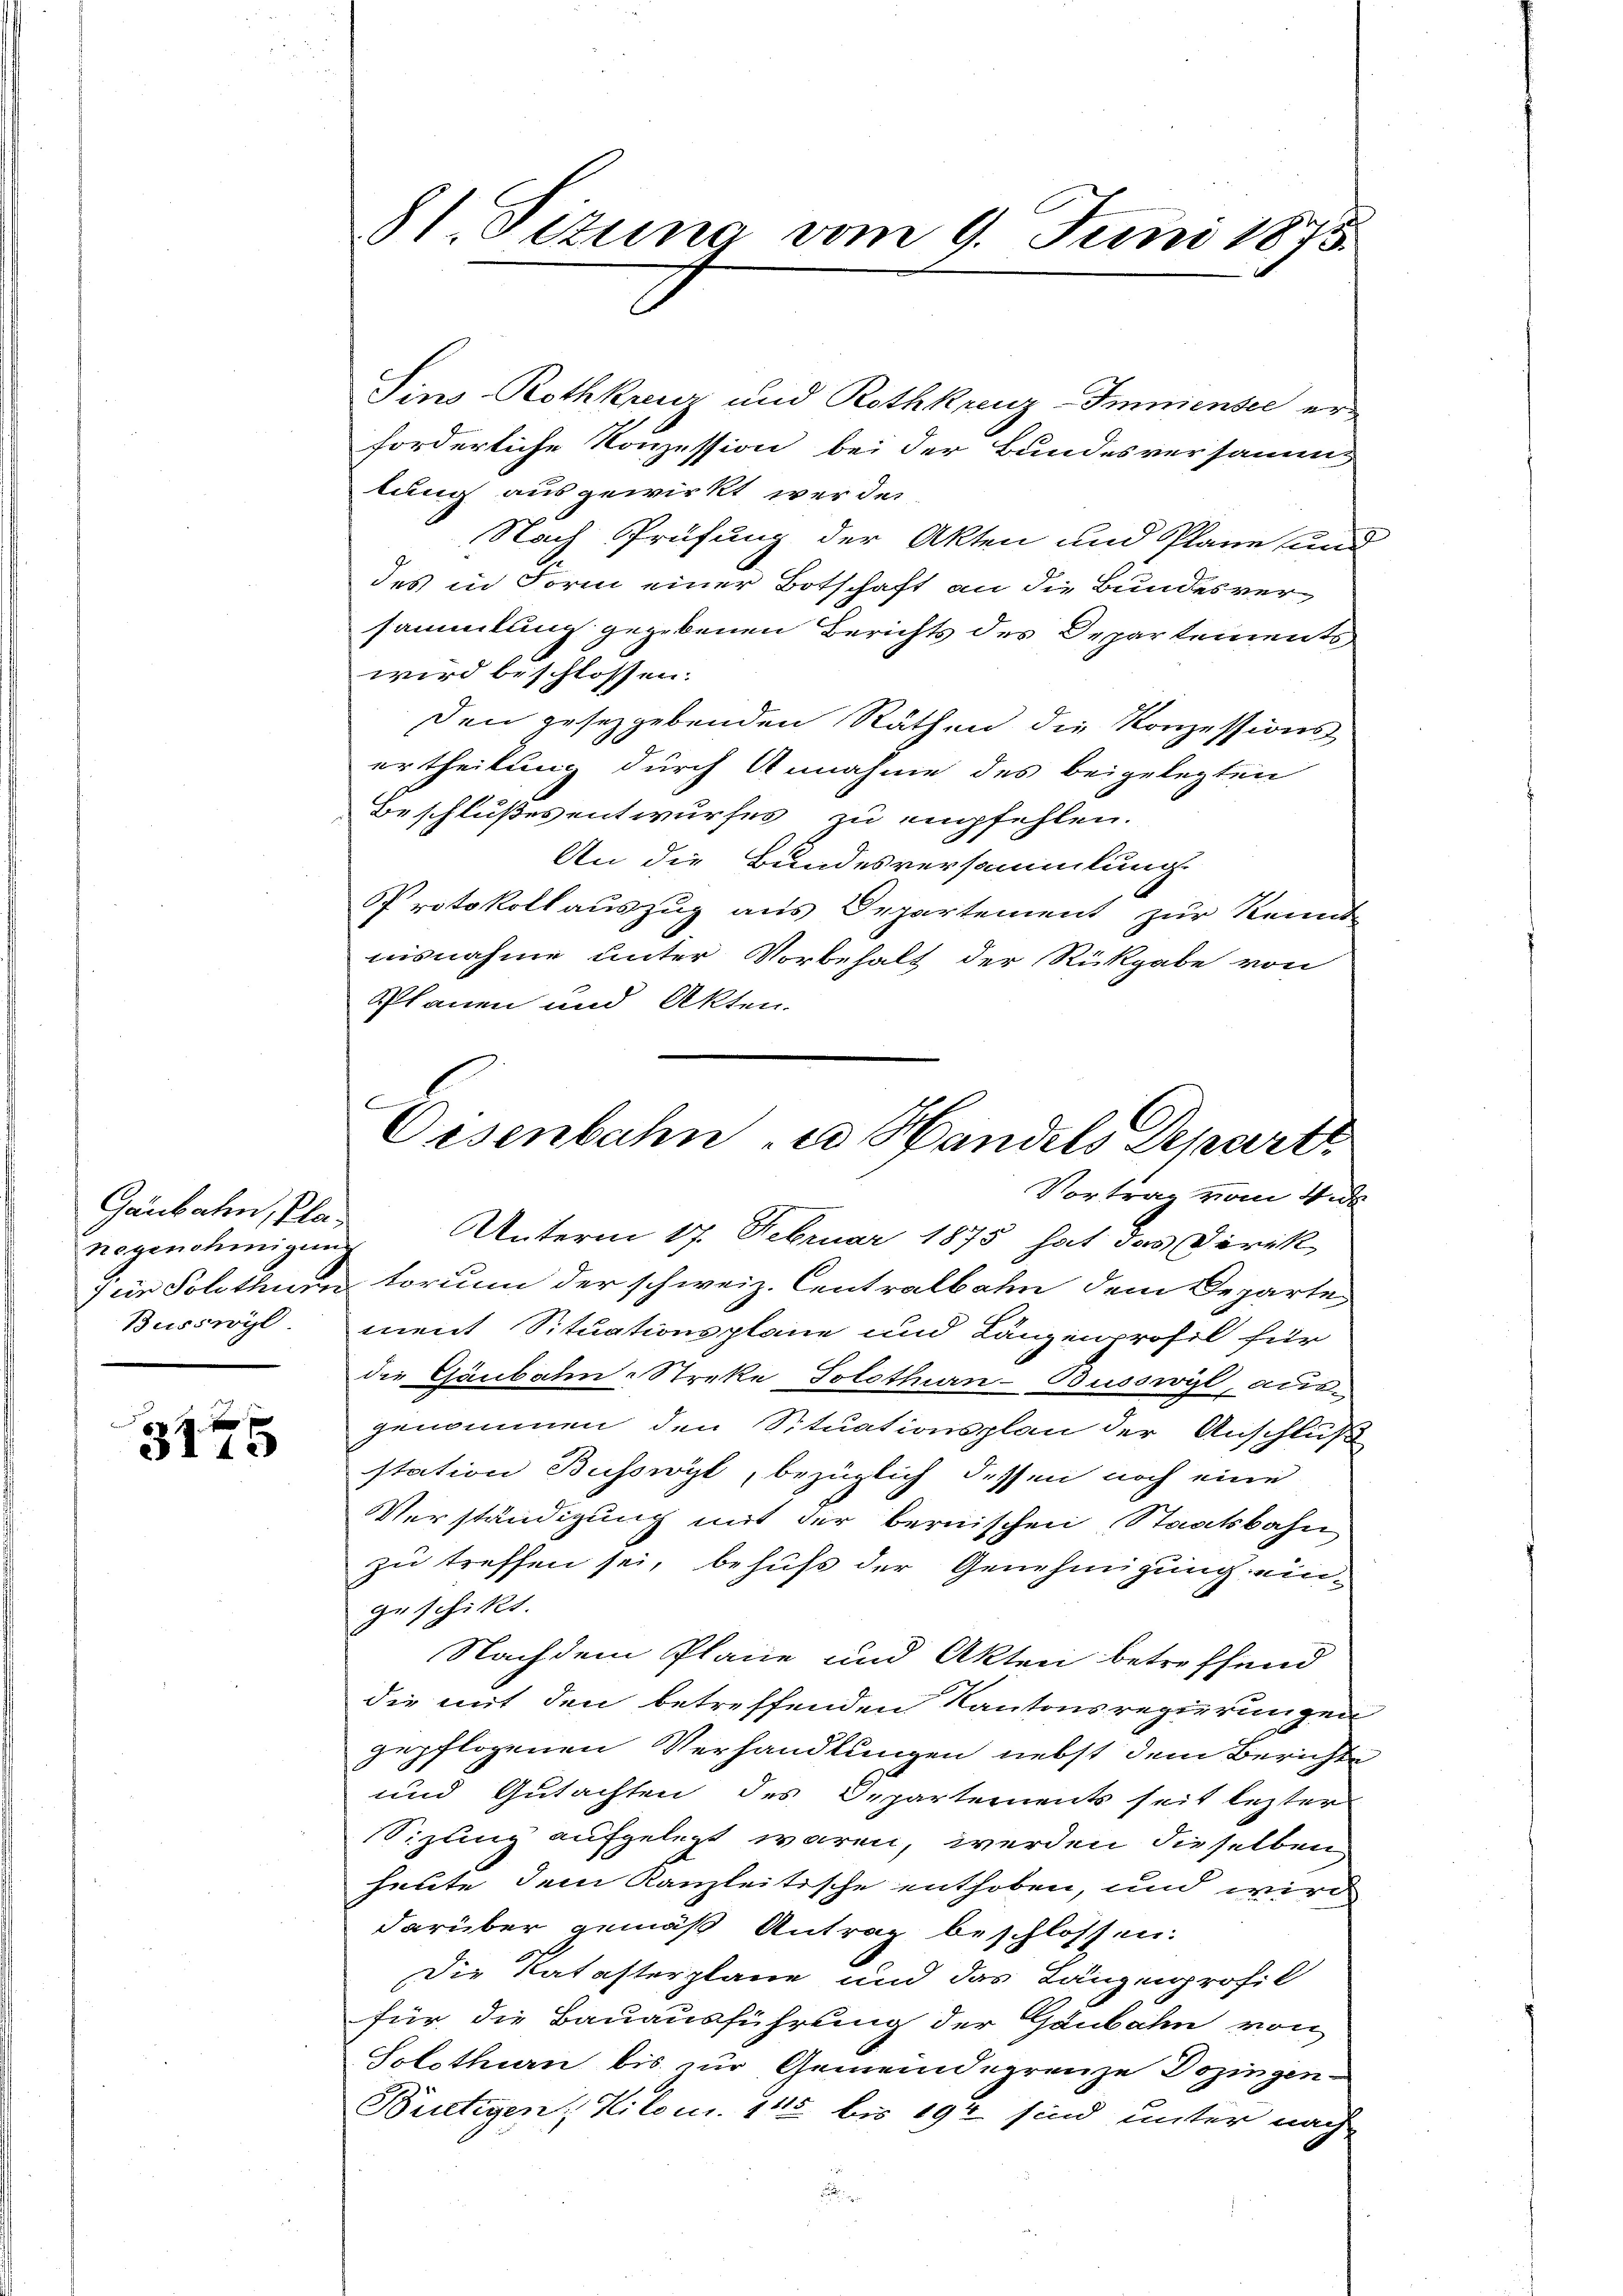
Gaubahn, Planogenehmigung
Busswyl

3175

81. Sizung vom 9. Juni 1875.

C
Oisenbahn u Handels Depart

Sins Rothkreuz und Rothkreuz-Immensee erforderliche Konzession bei der Bundesversamm
lung ausgewirkt werde.
Nach Prüfung der Akten und Plane und
des in Form einer Botschaft an die Bundesversammlung gegebenen Berichts des Departements
wird beschlossen:
Den gesezgebenden Räthen die Konzessions
ertheilung durch Annahme des beigelegten
Beschlußes entwurfes zu empfehlen.
An die Bundesversammlung
Protokoll auszug aus Departement zur Kennt
nisnahme unter Vorbehalt der Rückgabe von
Planen und Akten.
Vortrag vom 4.
Unterm 17. Februar 1875 hat das Direk
7 ein Solothur torium der schweiz. Centralbahn dem Departe
ment Situationsplane und Lanzenprofil für
die Gäubahn Streke, Solothurn-Busswyl, aus-
genommen den Situationsplan der Anschluß
station Busswyl, bezüglich dessen noch eine
Verständigung mit der bernischen Staatsbahn
zu treffen sei, behufs der Genehmigung ein-
geschikt.
Nachdem Plane und Akten betreffend
die mit den betreffenden Kantonsregierungen
gepflogenen Verhandlungen nebst dem Berichte
und Gutachten des Departements seit lezter
Sizung aufgelegt waren, werden dieselben
heute dem Kanzleitische enthoben, und wird
darüber gemäß Antrag beschlossen:
Die Katasterplane und das Tänzenprofil
für die Bauausführung der Gaubahn von
Solothurn bis zur Gemeindegrenze Dozingen-
Bietigen, Hilon. 145 bis 192 sind unter nach